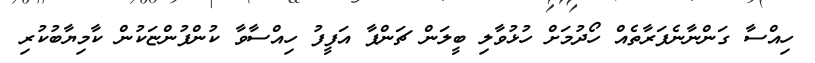
ހިއްސާ ގަންނާނެފަރާތެއް ހޯދުމަށް ހުޅުވާލި ބީލަން ޗަންޕާ އަފީފު ހިއްސާވާ ކުންފުންޏަކުން ކާމިޔާބުކުރި